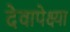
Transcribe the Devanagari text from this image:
देवापेक्ष्या